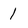
Character: 1